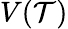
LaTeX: V(\mathcal{T})